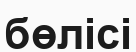
бөлісі